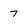
Character: 7